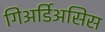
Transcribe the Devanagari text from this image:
गिअर्डिअसिस